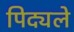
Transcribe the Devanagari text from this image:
पिद्यले